255_413270_UFO's_and_Defense_What_Should_we_Prepare_For
Agency: NASA
Page 40
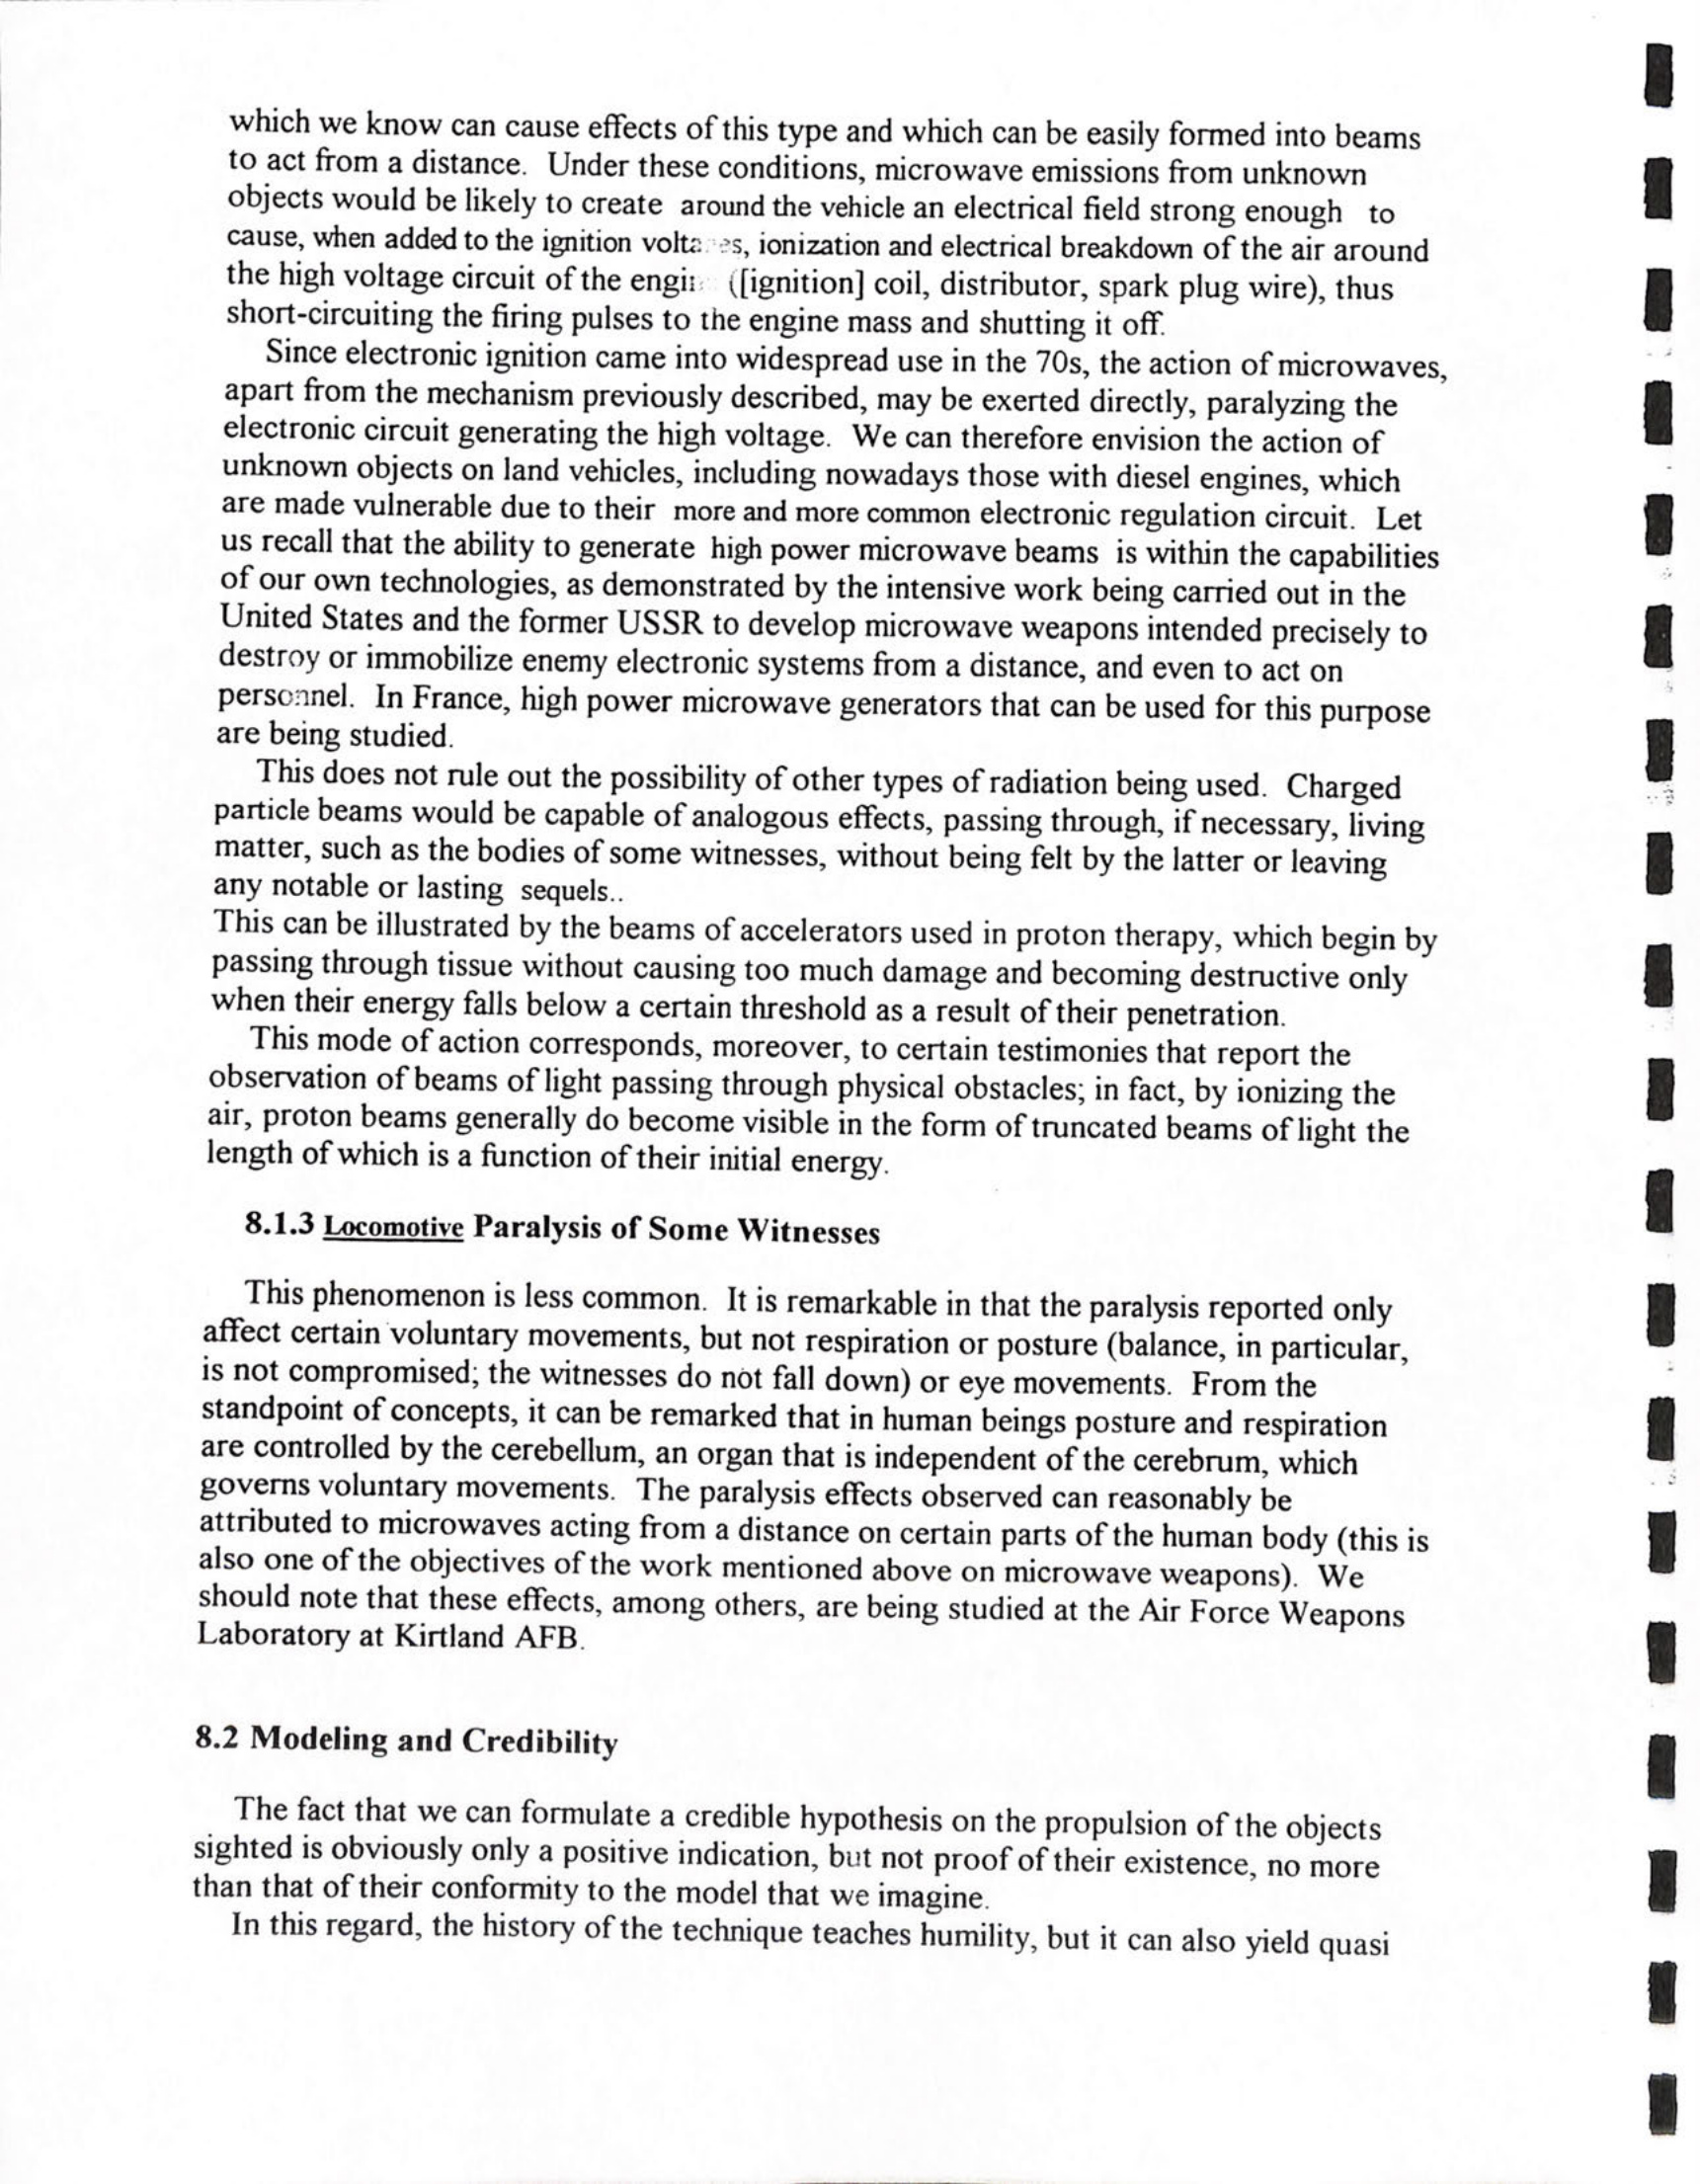